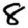
Digit: 8